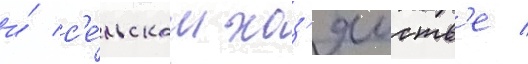
и́ с'е́льском хоз'яиств'е /